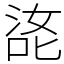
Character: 㖳